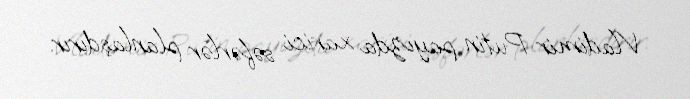
Vladimir Putin payızda xarici səfərlər planlaşdırır.